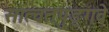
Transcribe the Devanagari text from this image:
सात्वतपुङ्गवे